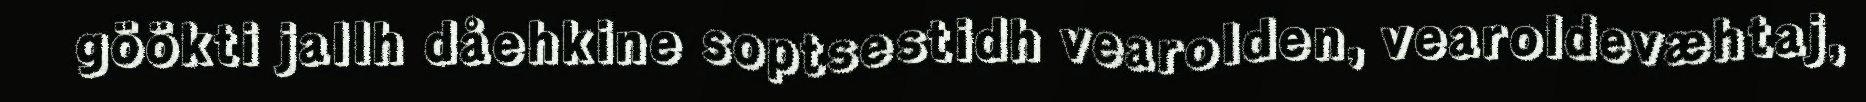
göökti jallh dåehkine soptsestidh vearolden, vearoldevæhtaj,